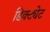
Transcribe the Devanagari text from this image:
डिक्ट्येट